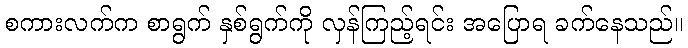
စကားလက်က စာရွက် နှစ်ရွက်ကို လှန်ကြည့်ရင်း အပြောရ ခက်နေသည်။